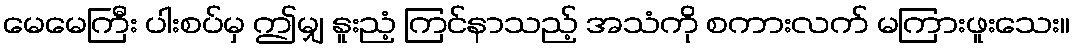
မေမေကြီး ပါးစပ်မှ ဤမျှ နူးညံ့ ကြင်နာသည့် အသံကို စကားလက် မကြားဖူးသေး။